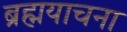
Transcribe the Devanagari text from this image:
ब्रह्मयाचना